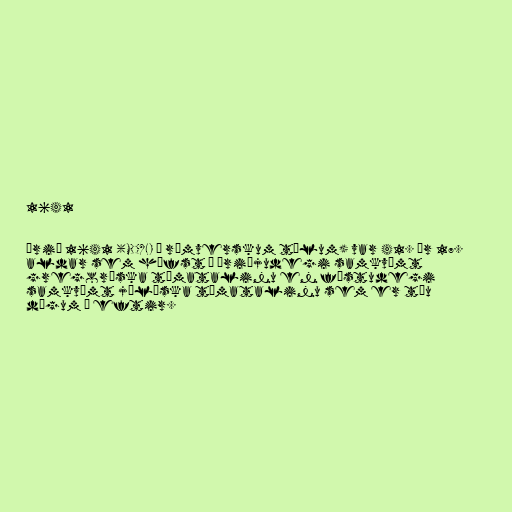
1641

Árið 1641 (MDCXLI í rómverskum tölum) var 41. ár 17.
aldar sem hófst á þriðjudegi samkvæmt
gregoríska tímatalinu en föstudegi
samkvæmt júlíska tímatalinu sem er tíu
dögum á eftir.